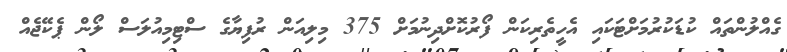
ގެއްލުންތައް ކުޑަކުރުމަށްޓަކައި އެހީތެރިކަން ފޯރުކޮށްދިނުމަށް 375 މިލިއަން ރުފިޔާގެ ސްޓިމިއުލަސް ލޯން ޕެކޭޖެއް